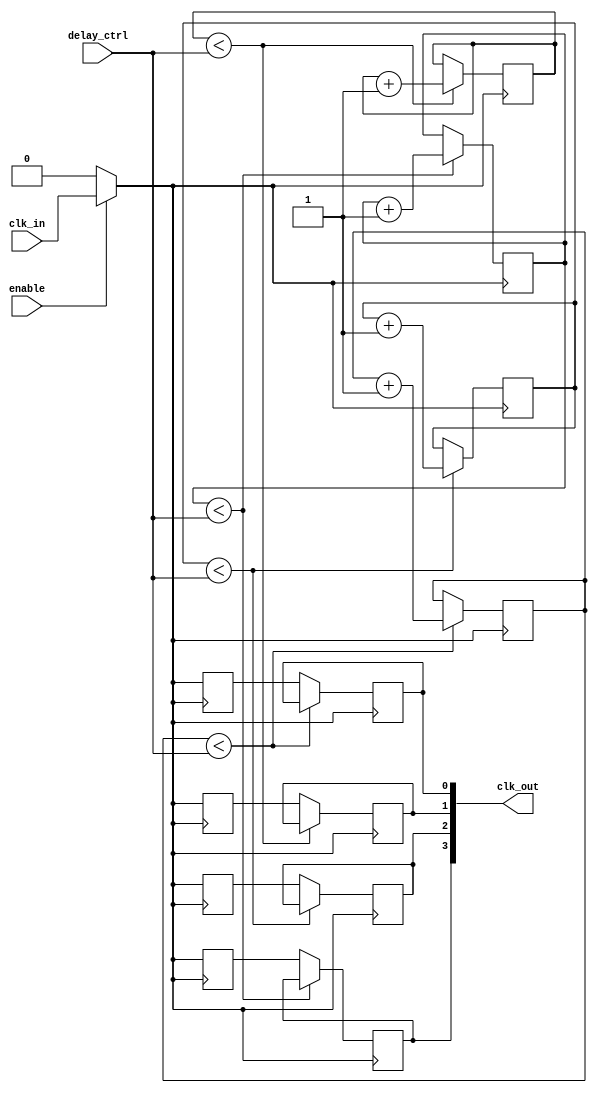
module ClockTreeBuffer #(
    parameter NUM_OUTPUTS = 4,      // Number of output clock signals
    parameter DRIVE_STRENGTH = 8,    // Adjustable drive strength
    parameter DELAY_WIDTH = 4         // Width of programmable delay adjustment
)(
    input wire clk_in,                // Input clock signal
    input wire enable,                // Clock enable signal for power management
    input wire [DELAY_WIDTH-1:0] delay_ctrl, // Programmable delay control
    output wire [NUM_OUTPUTS-1:0] clk_out // Output clock signals
);

// Internal signals
reg [NUM_OUTPUTS-1:0] clk_out_reg;
wire clk_delayed;

// Clock gating
wire clk_gated = enable ? clk_in : 1'b0;

// Generate multiple output clocks with minimal skew
generate
    genvar i;
    for (i = 0; i < NUM_OUTPUTS; i = i + 1) begin : clk_gen
        // Add delay to each output clock
        always @(posedge clk_gated) begin
            clk_out_reg[i] <= clk_gated; // Simple propagation
        end
        
        // Optional: Implement Programmable Delay Logic
        // Note: Implementation depends on the specific design
        // Here we just introduce a simple counter to mimic delay
        // Replace this code with actual programmable delay logic
        reg [DELAY_WIDTH-1:0] delay_counter;

        always @(posedge clk_delayed) begin
            if(delay_counter < delay_ctrl)
                delay_counter <= delay_counter + 1'b1;
            else
                clk_out[i] <= clk_out_reg[i];
        end
    end
endgenerate

// For the simplification, routing the base clock to provide a stable clock
assign clk_delayed = clk_gated;

endmodule